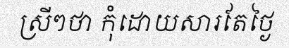
ស្រីៗថា កុំដោយសារតែថ្ងៃ